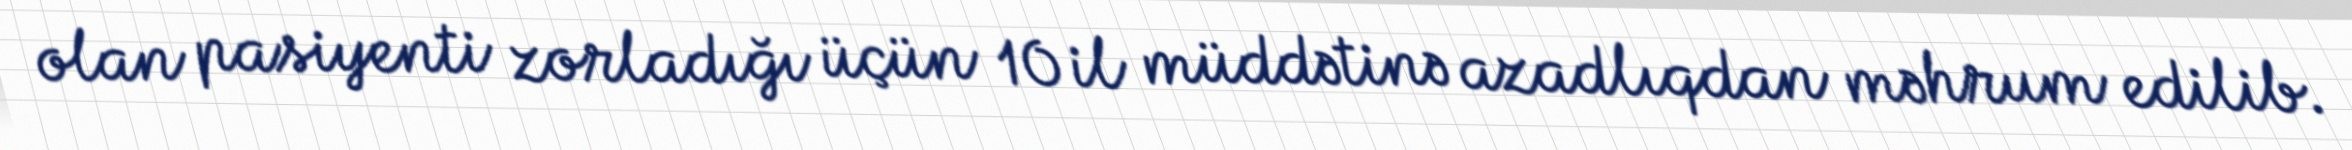
olan pasiyenti zorladığı üçün 10 il müddətinə azadlıqdan məhrum edilib.